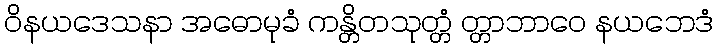
ဝိနယဒေသနာ အဓောမုခံ ကန္တိတသုတ္တံ တ္တာဘာဝေ နယဘေဒံ